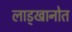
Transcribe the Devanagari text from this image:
लाड्खानोत